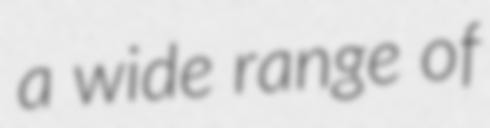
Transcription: a wide range of